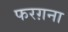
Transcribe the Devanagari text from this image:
फरग़ना